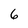
Character: 6